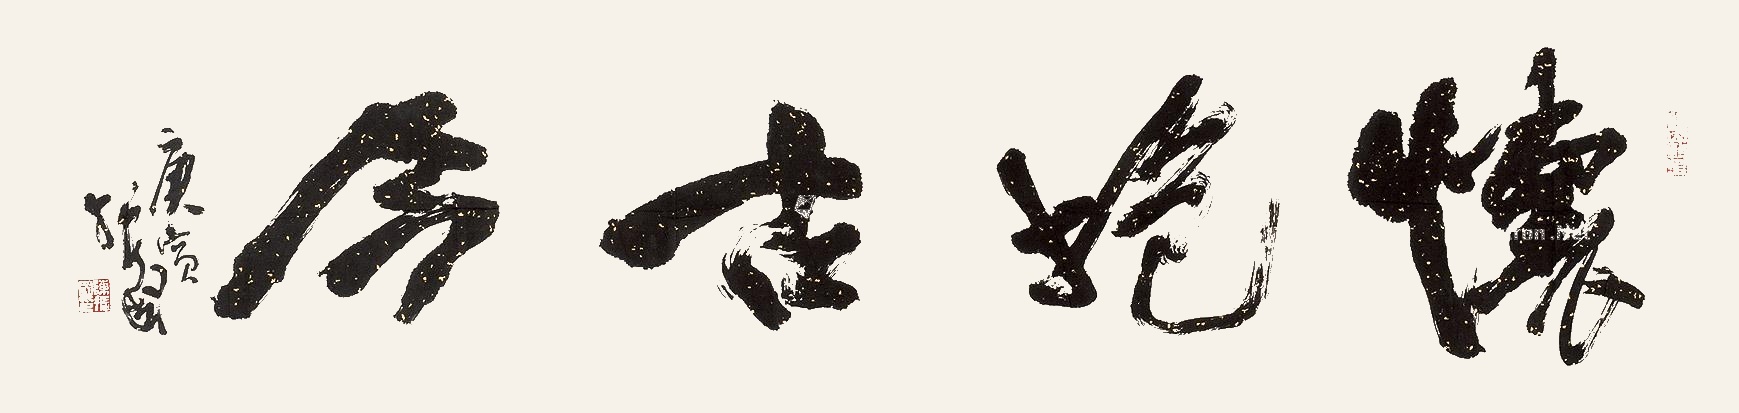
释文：怀抱古今。庚寅振国。